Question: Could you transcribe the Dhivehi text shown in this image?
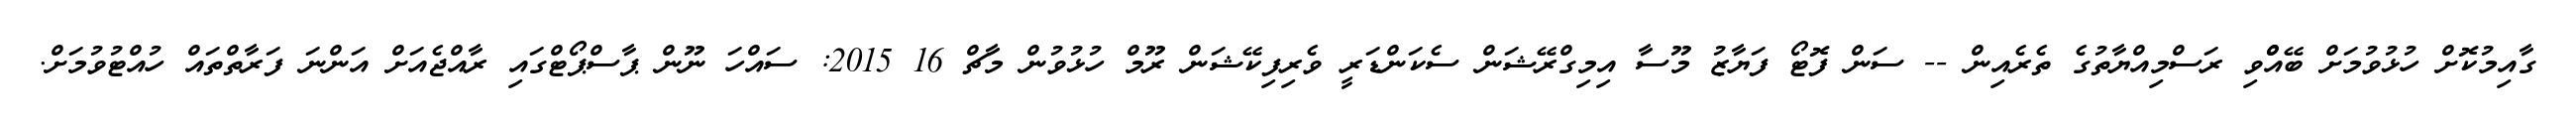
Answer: ގާއިމުކޮށް ހުޅުވުމަށް ބޭއްްވި ރަސްމިއްޔާތުގެ ތެރެއިން -- ސަން ފޮޓޯ ފަޔާޒު މޫސާ އިމިގްރޭޝަން ސެކަންޑަރީ ވެރިފިކޭޝަން ރޫމް ހުޅުވުން މާޗް 16 2015: ސައްހަ ނޫން ޕާސްޕޯޓްގައި ރާއްޖެއަށް އަންނަ ފަރާތްތައް ހުއްޓުވުމަށް.